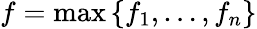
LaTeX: f=\operatorname*{max}\left\lbrace f_{1},\ldots,f_{n}\right\rbrace